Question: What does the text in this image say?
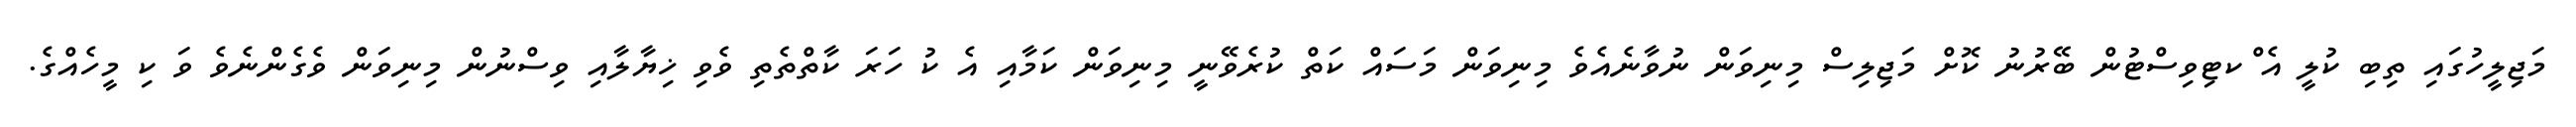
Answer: މަޖިލީހުގައި ތިބި ކުލީ އެ ްކޓިވިސްޓުން ބޭރުނު ކޮށް މަޖިލިސް މިނިވަން ނުވާނެއެވެ މިނިވަން މަސައް ކަތް ކުރެވޭނީ މިނިވަން ކަމާއި އެ ކު ހަރަ ކާތްތެތި ވެވި ޚިޔާލާއި ވިސްނުން މިނިވަން ވެގެންނެވެ ވަ ކި މީހެއްގެ.